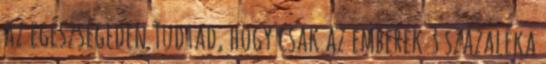
az egészségeden Tudtad, hogy csak az emberek 3 százaléka